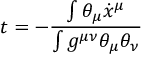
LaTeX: t = - \frac { \int \theta _ { \mu } \dot { x } ^ { \mu } } { \int g ^ { \mu \nu } \theta _ { \mu } \theta _ { \nu } }